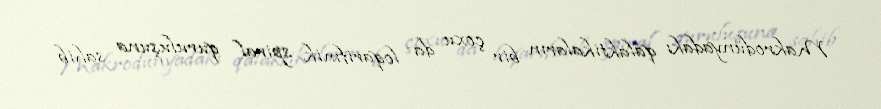
Makrodünyadakı qalaktikaların bir çoxu da loqarifmik spiral quruluşuna sahib